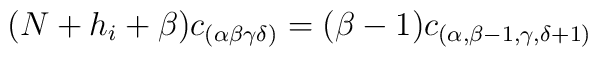
(N+h_i+\beta)c_{(\alpha\beta\gamma\delta)}=(\beta-1)c_{(\alpha,\beta-1,\gamma,\delta+1)}